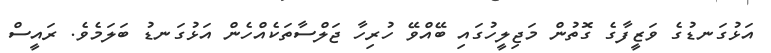
އަޅުގަނޑުގެ ވަޒީފާގެ ގޮތުން މަޖިލީހުގައި ބޭއްވޭ ހުރިހާ ޖަލްސާތަކެެއްހެން އަޅުގަނޑު ބަލަމެވެ. ރައީސް